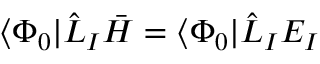
\langle \Phi _ { 0 } | \hat { L } _ { I } \bar { H } = \langle \Phi _ { 0 } | \hat { L } _ { I } E _ { I }